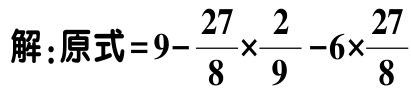
解：原式\(=9 - \frac{27}{8}×\frac{2}{9} - 6×\frac{27}{8}\)